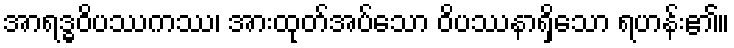
အာရဒ္ဓဝိပဿကဿ၊ အားထုတ်အပ်သော ဝိပဿနာရှိသော ရဟန်း၏။